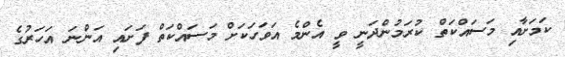
ކަމަށާއި މަސައްކަތް ކުރަމުންދަނީ ވީ އެންމެ އަވަހަކަށް މަސައްކަތް ފަށައި އަންނަ އަހަރުގެ